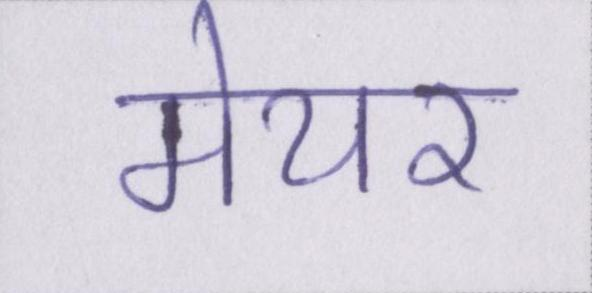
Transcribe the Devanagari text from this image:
मेयर